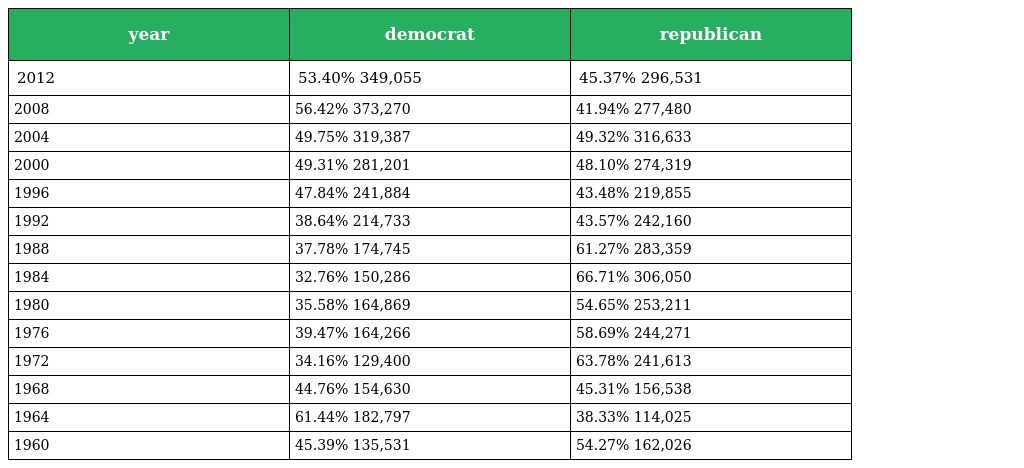
| year | democrat | republican |
 | --- | --- | --- |
 | 2012 | 53.40% 349,055 | 45.37% 296,531 |
 | 2008 | 56.42% 373,270 | 41.94% 277,480 |
 | 2004 | 49.75% 319,387 | 49.32% 316,633 |
 | 2000 | 49.31% 281,201 | 48.10% 274,319 |
 | 1996 | 47.84% 241,884 | 43.48% 219,855 |
 | 1992 | 38.64% 214,733 | 43.57% 242,160 |
 | 1988 | 37.78% 174,745 | 61.27% 283,359 |
 | 1984 | 32.76% 150,286 | 66.71% 306,050 |
 | 1980 | 35.58% 164,869 | 54.65% 253,211 |
 | 1976 | 39.47% 164,266 | 58.69% 244,271 |
 | 1972 | 34.16% 129,400 | 63.78% 241,613 |
 | 1968 | 44.76% 154,630 | 45.31% 156,538 |
 | 1964 | 61.44% 182,797 | 38.33% 114,025 |
 | 1960 | 45.39% 135,531 | 54.27% 162,026 |